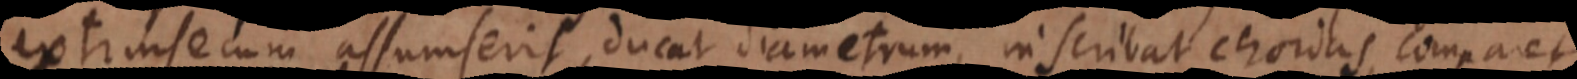
rinsecum assumserit, ducat diametrum, inscribat chordas, comparet